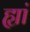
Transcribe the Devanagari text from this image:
ह्यां